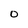
Character: O